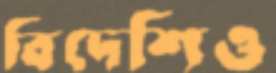
বিদেশিও